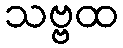
သဗ္ဗထ